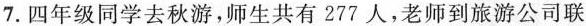
7.四年级同学去秋游，师生共有277人，老师到旅游公司联